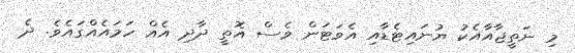
މި ނަތީޖާއާއެކު ޔުނައިޓެޑާއި އެވަޓަން ވެސް އޮތީ ދާދި އެއް ހަމައެއްގައެވެ. ދެ